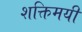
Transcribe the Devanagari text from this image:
शक्तिमयी